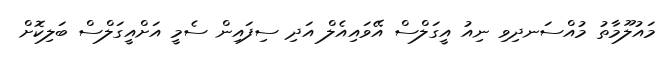
މައުލޫމާތު މުއްސަނދިވި ނިއު އީގަލްސް އޭވައިއެލް އަދި ސިފައިން ސެމީ އަށްއީގަލްސް ބަލިކޮށް